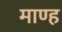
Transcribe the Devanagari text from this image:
माण्ह